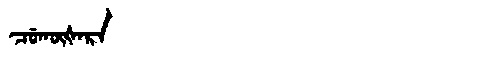
Manchu: ᠴᡠᡴᡡᡧᠠᡵᠠ
Romanization: CUKŪŠARA